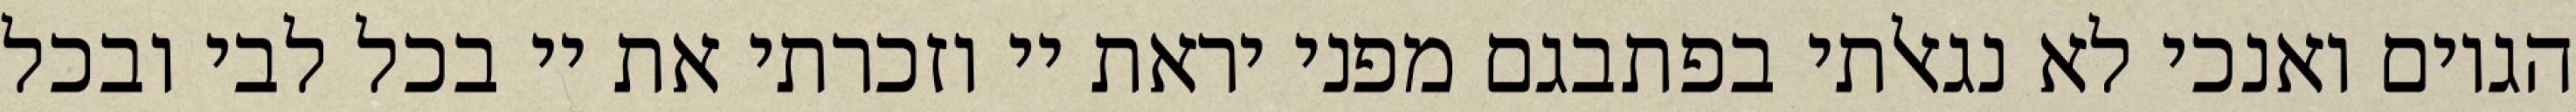
הגוים ואנכי לא נגאלתי בפתבגם מפני יראת יי וזכרתי את יי בכל לבי ובכל